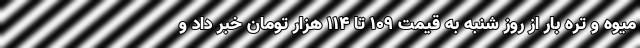
میوه و تره بار از روز شنبه به قیمت ۱۰۹ تا ۱۱۴ هزار تومان خبر داد و